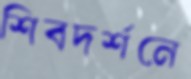
শিবদর্শনে